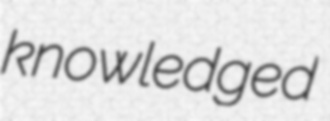
knowledged